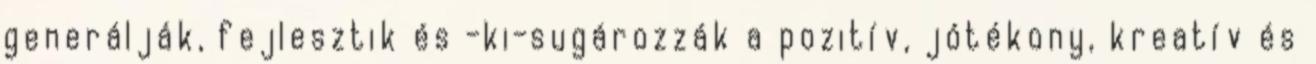
generálják, fejlesztik és -ki-sugározzák a pozitív, jótékony, kreatív és